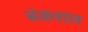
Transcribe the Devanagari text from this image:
बंकशल